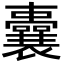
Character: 囊